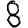
Digit: 8